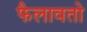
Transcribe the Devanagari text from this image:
फैलावतो